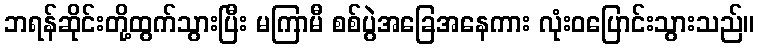
ဘရန်ဆိုင်းတို့ထွက်သွားပြီး မကြာမီ စစ်ပွဲအခြေအနေကား လုံးဝပြောင်းသွားသည်။